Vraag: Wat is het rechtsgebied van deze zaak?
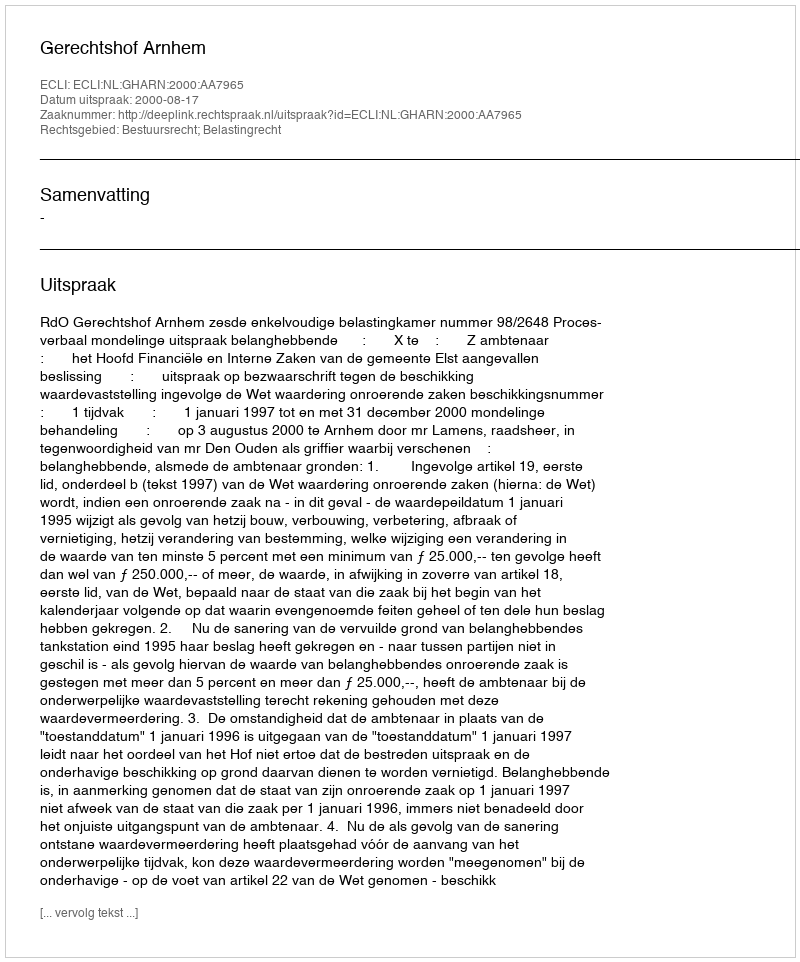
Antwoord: Bestuursrecht; Belastingrecht